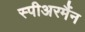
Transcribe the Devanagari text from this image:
स्पीअरमैंन